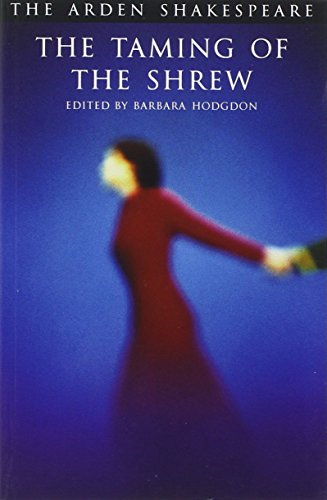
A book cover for The Taming of The Shrew: Third Series (Arden Shakespeare); William Shakespeare; Literature & Fiction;